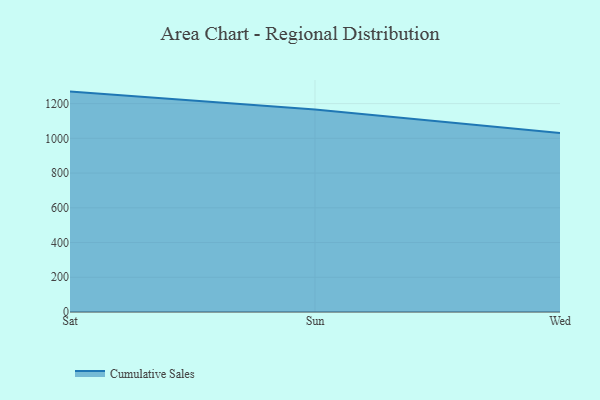
{"axis": {"x": "Day", "y": "Customer Acquisition Cost (USD)"}, "legend": ["Cumulative Sales"], "data": [{"x": "Sat", "y": 1269.1, "type": "Cumulative Sales"}, {"x": "Sun", "y": 1166.3, "type": "Cumulative Sales"}, {"x": "Wed", "y": 1031.0, "type": "Cumulative Sales"}]}